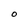
Character: O